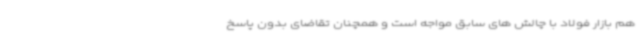
هم بازار فولاد با چالش های سابق مواجه است و همچنان تقاضای بدون پاسخ